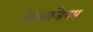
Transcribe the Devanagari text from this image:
स्क्यान्डियम